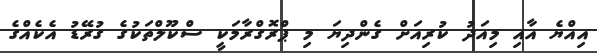
އިއްޔެ އާއި މިއަދު ކުރިއަށް ގެންދިޔަ މި ޕްރޮގްރާމަކީ ސްކޫލްތަކުގެ ގުރޭޑު އެކެއްގެ